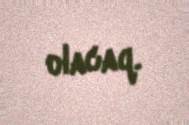
olacaq.